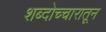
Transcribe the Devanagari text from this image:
शब्दोच्चारातून